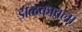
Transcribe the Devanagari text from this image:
झळकावला